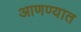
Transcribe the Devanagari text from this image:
आणण्यात